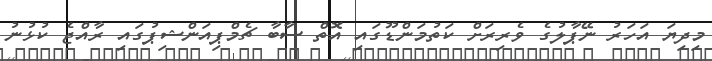
މިދިޔަ އަހަރު ނޭޕާލުގެ ވެރިރަށް ކަތުމަންޑޫގައި އޮތް ސާބާ ޗެމްޕިއަންޝިޕުގައި ރާއްޖެ ކުޅުނު